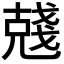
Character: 𠒲